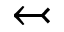
\leftarrowtail